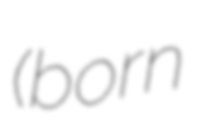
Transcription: (born